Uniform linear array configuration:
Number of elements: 16
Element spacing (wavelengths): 0.25
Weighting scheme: cosine
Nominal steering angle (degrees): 0
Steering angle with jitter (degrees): -1.288
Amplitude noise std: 0.05
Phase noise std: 0.05

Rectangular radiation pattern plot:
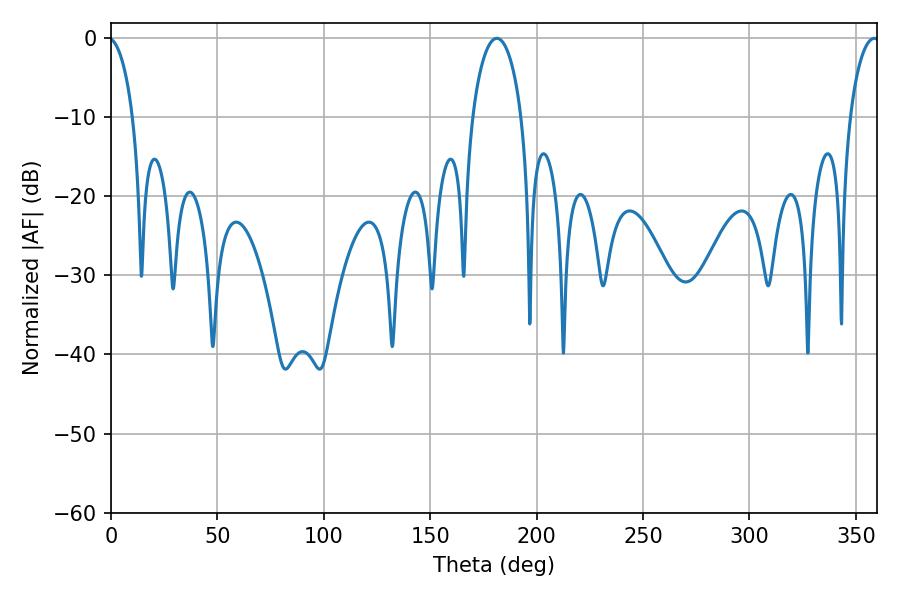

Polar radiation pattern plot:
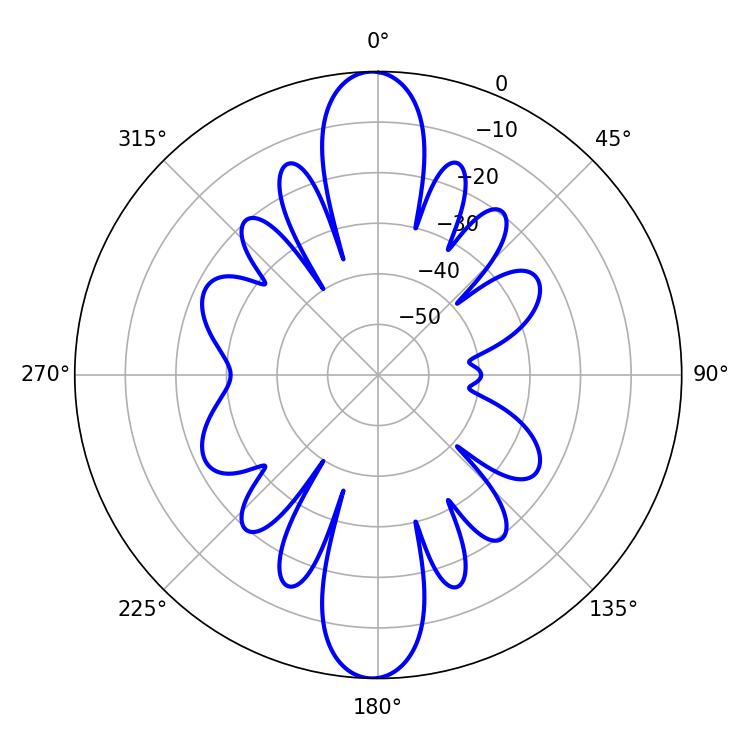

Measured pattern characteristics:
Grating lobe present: FALSE
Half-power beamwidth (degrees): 13.14
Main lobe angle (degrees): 181.26